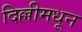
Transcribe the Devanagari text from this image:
दिल्लीमधून